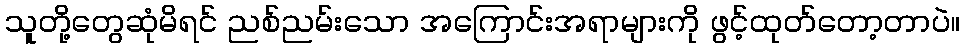
သူတို့တွေဆုံမိရင် ညစ်ညမ်းသော အကြောင်းအရာများကို ဖွင့်ထုတ်တော့တာပဲ။